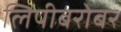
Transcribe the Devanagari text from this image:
लिपीबरोबर